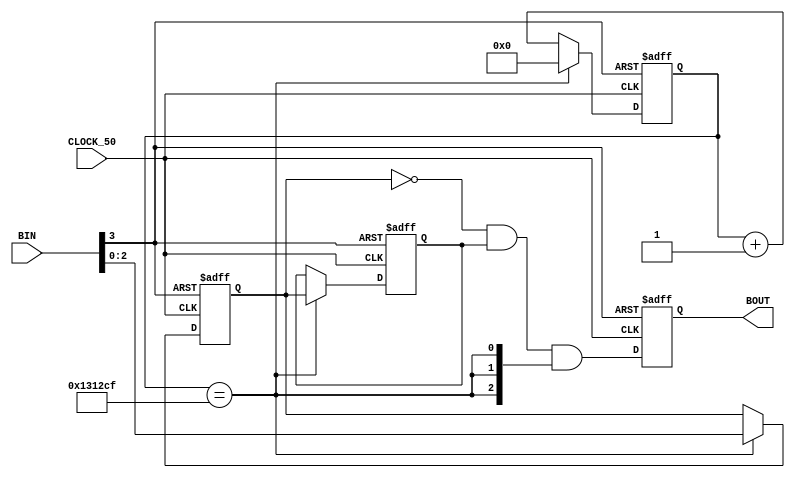
module BTN_IN(
    input CLOCK_50,
    input [3:0] BIN,
    output reg [2:0] BOUT
);

reg [20:0] cnt;
wire en40hz = (cnt == 1250000-1);

always @(posedge CLOCK_50, posedge BIN[3]) begin
    if(BIN[3])
        cnt <= 21'b0;
    else if(en40hz)
        cnt <= 21'b0;
    else
        cnt <= cnt+21'b1;
end

reg [2:0] ff1, ff2;

always @(posedge CLOCK_50, posedge BIN[3]) begin
    if(BIN[3]) begin
        ff2 <= 3'b0;
        ff1 <= 3'b0;
    end
    else if(en40hz) begin
        ff2 <= ff1;
        ff1 <= BIN[2:0];
    end
end

wire [2:0] temp = ~ff1&ff2&{3{en40hz}};

always @(posedge CLOCK_50, posedge BIN[3]) begin
    if(BIN[3])
        BOUT <= 3'b0;
    else
        BOUT <= temp;
end

endmodule